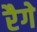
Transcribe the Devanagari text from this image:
रैगे